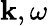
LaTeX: {\mathbf k},\omega